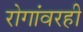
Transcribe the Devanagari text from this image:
रोगांवरही